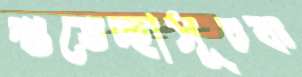
শুভেচ্ছাসূচক